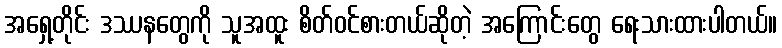
အရှေ့တိုင်း ဒဿနတွေကို သူအထူး စိတ်ဝင်စားတယ်ဆိုတဲ့ အကြောင်းတွေ ရေးသားထားပါတယ်။